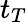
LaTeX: t_{T}